Lunatic asylums Punjab 1911-1921 - 1911-1921
Year: 1911
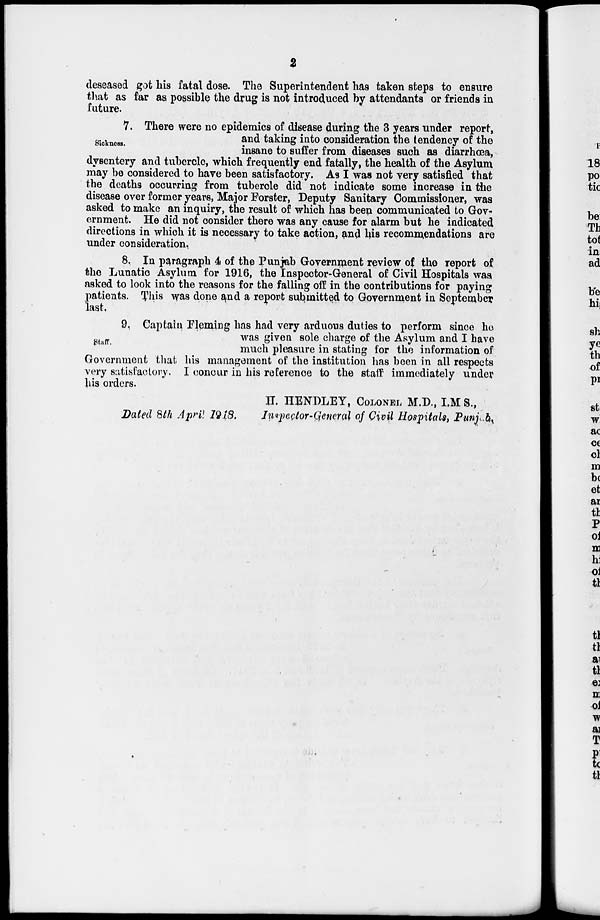
2
deseased got his fatal dose. The Superintendent has taken steps to ensure
that as far as possible the drug is not introduced by attendants or friends in
future.
Sickness.
7. There were no epidemics of disease during the 3 years under report,
and taking into consideration the tendency of the
insane to suffer from diseases such as diarrhœa,
dysentery and tubercle, which frequently end fatally, the health of the Asylum
may be considered to have been satisfactory. As I was not very satisfied that
the deaths occurring from tubercle did not indicate some increase in the
disease over former years, Major Forster, Deputy Sanitary Commissioner, was
asked to make an inquiry, the result of which has been communicated to Gov-
ernment. He did not consider there was any cause for alarm but he indicated
directions in which it is necessary to take action, and his recommendations are
under consideration.
8. In paragraph 4 of the Punjab Government review of the report of
the Lunatic Asylum for 1916, the Inspector-General of Civil Hospitals was
asked to look into the reasons for the falling off in the contributions for paying
patients. This was done and a report submitted to Government in September
last.
Staff.
9. Captain Fleming has had very arduous duties to perform since he
was given sole charge of the Asylum and I have
much pleasure in stating for the information of
Government that his management of the institution has been in all respects
very satisfactory. I concur in his reference to the staff immediately under
his orders.
H. HENDLEY, COLONEL M.D., I.M. S.,
Dated 8th April 1918. Inspector-General of Civil Hospitals, Punjab.